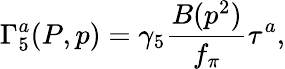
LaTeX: \Gamma_{5}^{a}(P,p)=\gamma_{5}\frac{B(p^{2})}{f_{\pi}}\tau^{a},